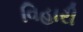
વિહારી